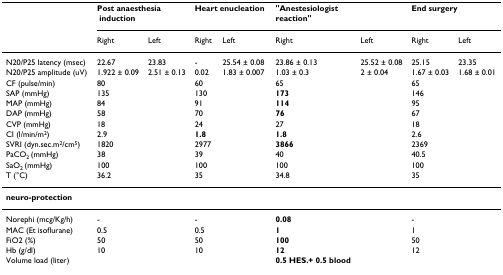
|  | <COLSPAN=2> Post anaesthesia induction | <COLSPAN=2> Heart enucleation | <COLSPAN=2> "Anestesiologist reaction" | <COLSPAN=2> End surgery |
 |  | Right | Left | Right | Left | Right | Left | Right | Left |
 | --- | --- | --- | --- | --- | --- | --- | --- | --- |
 | N20/P25 latency (msec) | 22.67 | 23.83 | - | 25.54 ± 0.08 | 23.86 ± 0.13 | 25.52 ± 0.08 | 25.15 | 23.35 |
 | N20/P25 amplitude (uV) | 1.922 ± 0.09 | 2.51 ± 0.13 | 0.02 | 1.83 ± 0.007 | 1.03 ± 0.3 | 2 ± 0.04 | 1.67 ± 0.03 | 1.68 ± 0.01 |
 | CF (pulse/min) | 80 |  | 60 |  | 65 |  | 65 |  |
 | SAP (mmHg) | 135 |  | 130 |  | 173 |  | 146 |  |
 | MAP (mmHg) | 84 |  | 91 |  | 114 |  | 95 |  |
 | DAP (mmHg) | 58 |  | 70 |  | 76 |  | 67 |  |
 | CVP (mmHg) | 18 |  | 24 |  | 27 |  | 18 |  |
 | CI (l/min/m2) | 2.9 |  | 1.8 |  | 1.8 |  | 2.6 |  |
 | SVRI (dyn.sec.m2/cm5) | 1820 |  | 2977 |  | 3866 |  | 2369 |  |
 | PaCO2 (mmHg) | 38 |  | 39 |  | 40 |  | 40.5 |  |
 | SaO2 (mmHg) | 100 |  | 100 |  | 100 |  | 100 |  |
 | T (°C) | 36.2 |  | 35 |  | 34.8 |  | 35 |  |
 | neuro-protection |  |  |  |  |  |  |  |  |
 | Norephi (mcg/Kg/h) | - |  | - |  | 0.08 |  | - |  |
 | MAC (Et isoflurane) | 0.5 |  | 0.5 |  | 1 |  | 1 |  |
 | FiO2 (%) | 50 |  | 50 |  | 100 |  | 50 |  |
 | Hb (g/dl) | 10 |  | 10 |  | 12 |  | 12 |  |
 | Volume load (liter) |  |  |  |  | 0.5 HES.+ 0.5 blood |  |  |  |